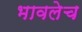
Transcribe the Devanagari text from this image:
भावलेच